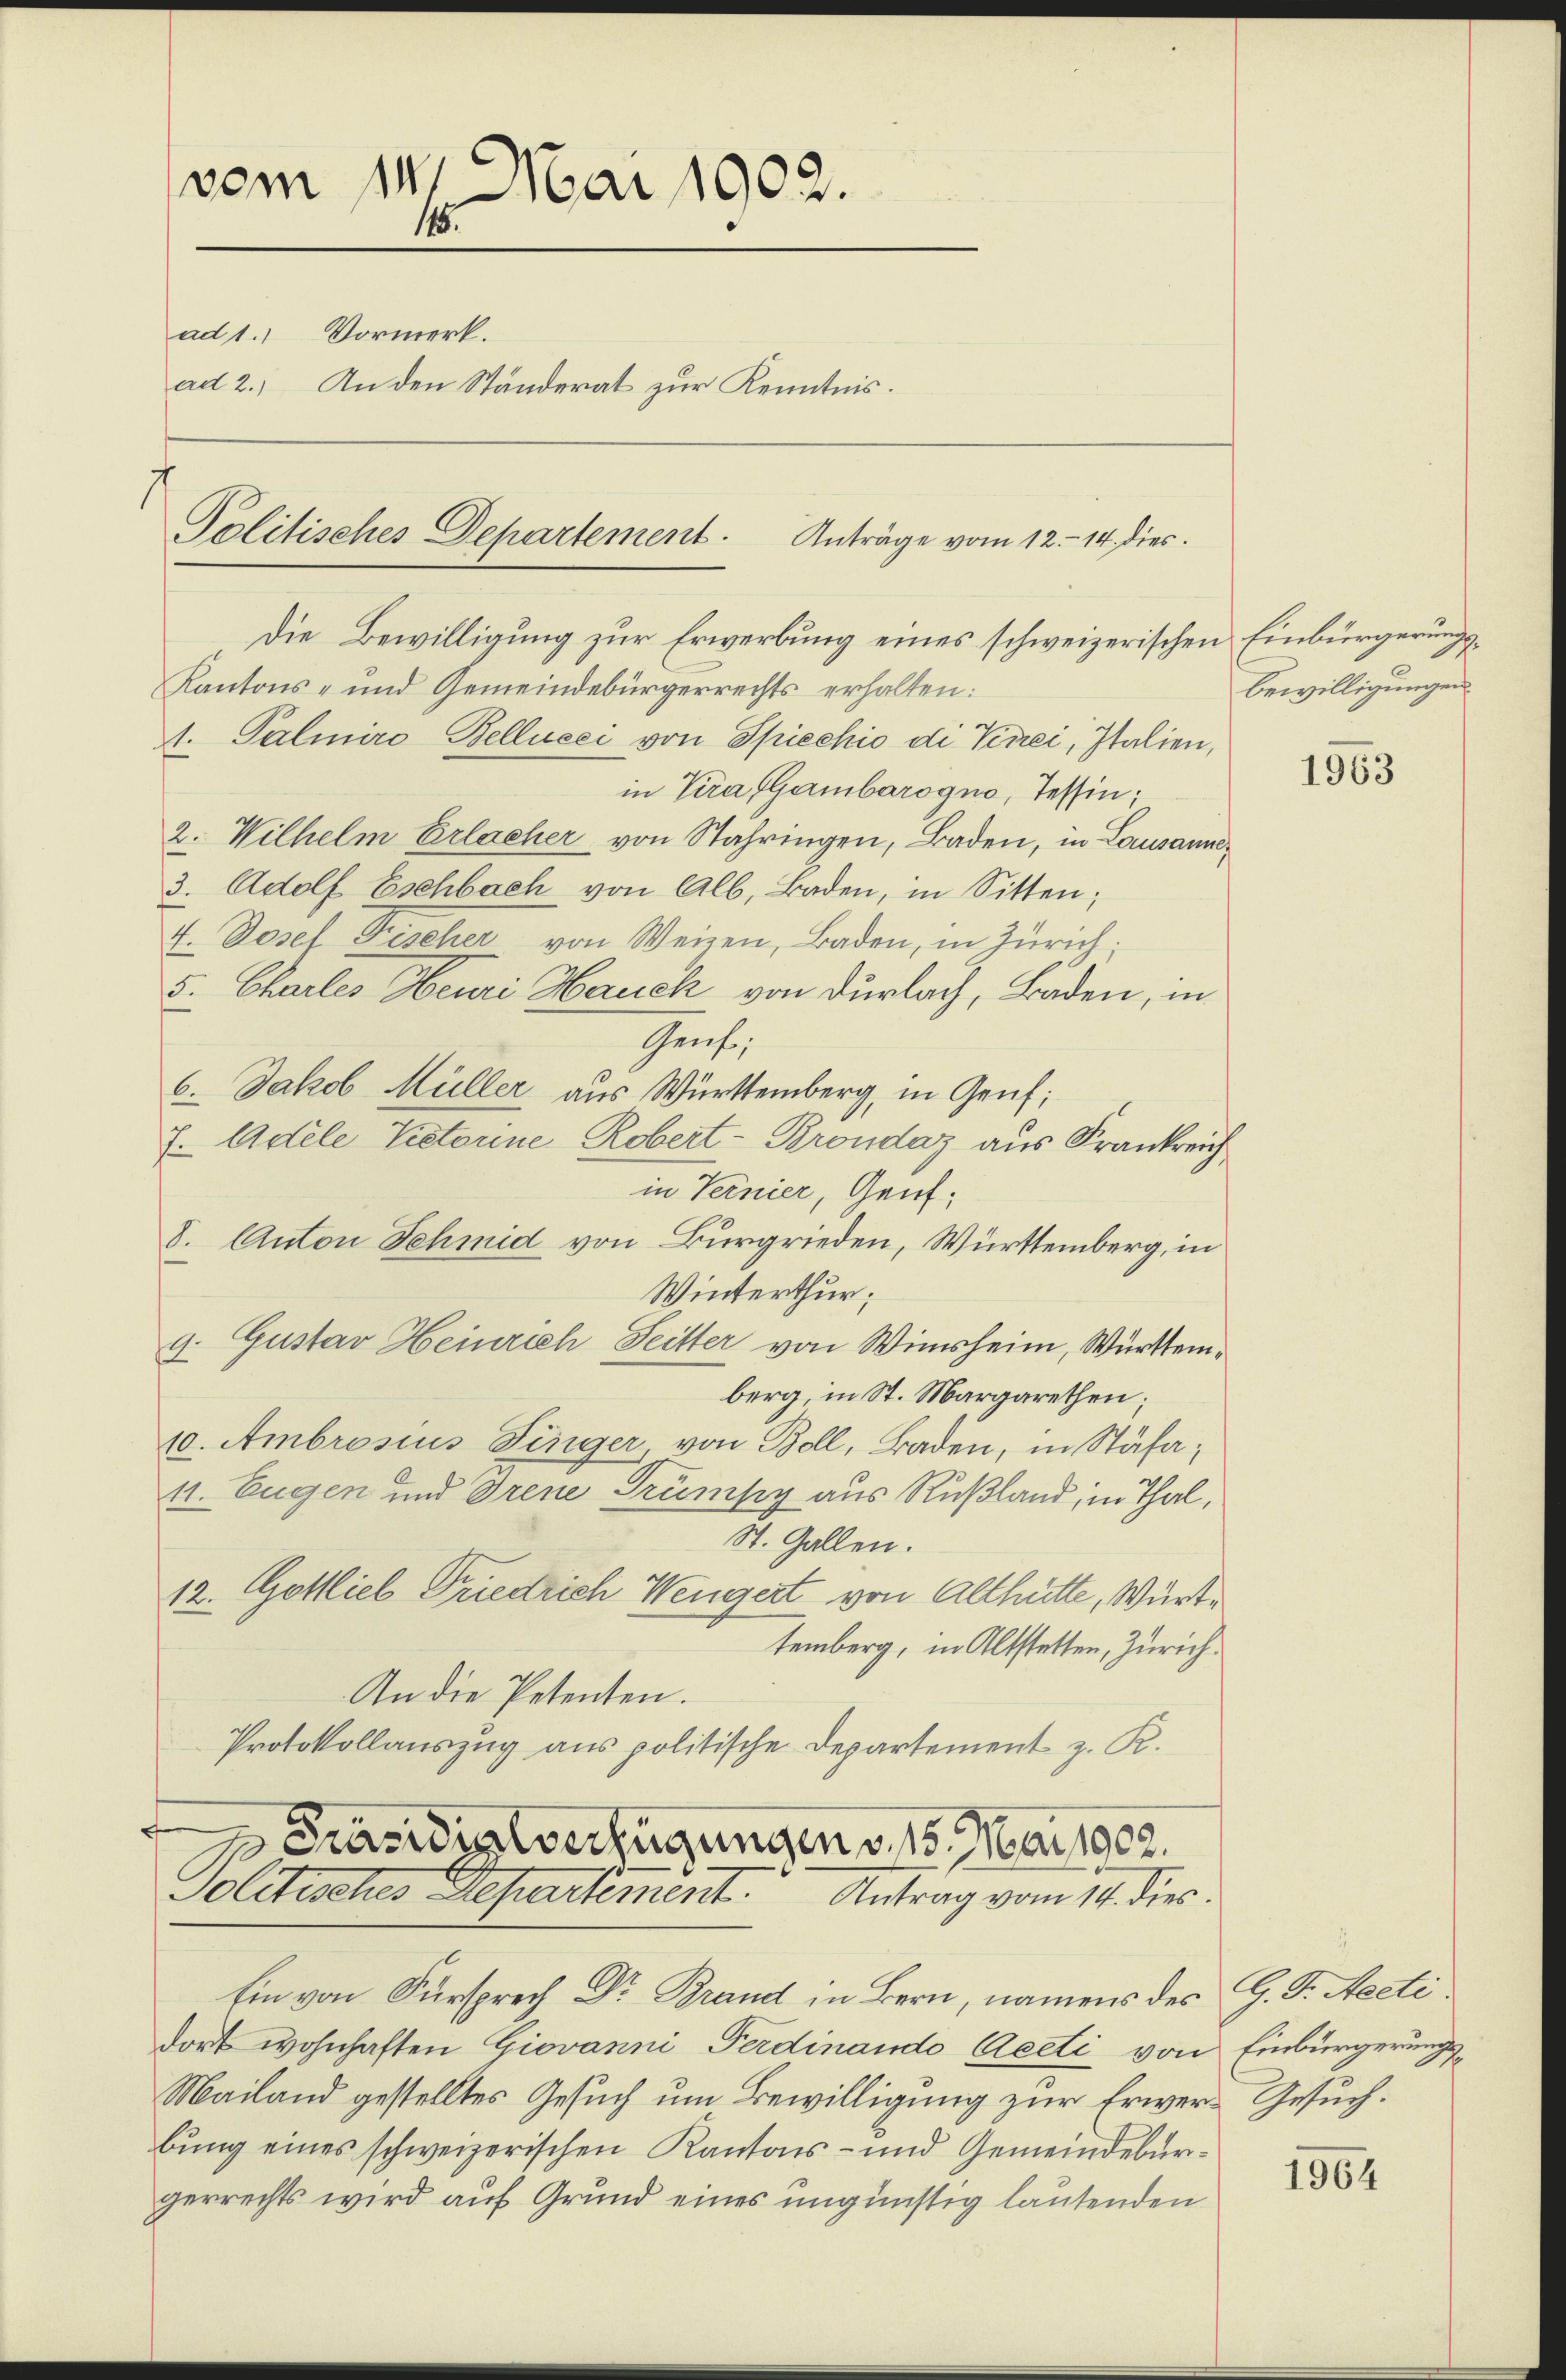
vom 14. Mai 1902.
115.
ad 1. Vormerk.
ad 2.) An den Ständerat zur Kenntnis.

Politisches Departement. Anträge vom 12. 14. dies

Die Bewilligung zur Erwerbung eines schweizerischen Einbürgerungs¬

Solitisches Departement. Antrag vom 14. die

Kantons- und Gemeindebürgerrechts erhalten:
1. Palmiro Bellueei von Spiechio di Vinei, Italien,
in Tira (Gambarogno, Tessin;
2. Wilhelm Erlacher von Stahringen, Baden, in Lausanne¬
3. Adolf Eschbach von Alb. Baden, in Sitten;
4. Josef Fischer von Weizen, Baden, in Zürich;
5. Chartes Heuri Hauch von Dürlach, Baden, in
Genf,
6. Jakob Müller aus Württemberg, in Genf;
7. Adele Vetorne Robert-Brondaz aus Frankreich
in Ternier, Genf;
V. Anton Schmid von Burgrieden, Württemberg, in
Winterthur;
g. Gustav Heinrich Seitter von Winsheim, Württemberg, in St. Margarethen;
10. Ambrosius Dinger, von Boll, Baden, in Stäfa,
11. Eugen und Trene Trünky aus Rußland, in Thal,
St. Gallen.
12. Gottlieb Friedrich Wengert von Althütte, Württemberg, in Altstetten, Zürich
An die Petenten.
Protokollauszug aus politische Departement z. K.
Präsidialverfügungen v. 15. Mai 1902.

Ein von Fürsprech Dr Brand in Bern, namens des G. T. Aecti.
dort wohnhaften Giovanni Ferdinande Aecti von Einbürgerungs¬
Mailand gestelltes Gesuch um Bewilligung zur Erwer- Gesuch.
bung eines schweizerischen Kantons- und Gemeindebürgerrechts wird auf Grund eines ungünstig lautenden

bewilligungen

1963

1964